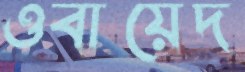
ওবায়েদ